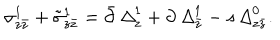
\sigma _ { z \bar { z } } ^ { 1 } + \tilde { \sigma } _ { z \bar { z } } ^ { 1 } = \bar { \partial } \, { \it \Delta } _ { z } ^ { 1 } + \partial \, { \it \Delta } _ { \bar { z } } ^ { 1 } - { \it s } \, { \it \Delta } _ { z \bar { z } } ^ { 0 } .